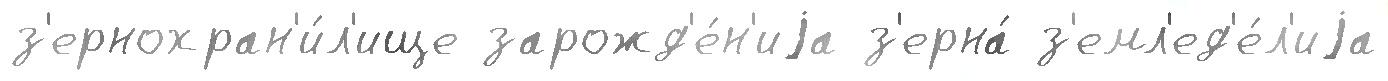
з'ернохран'и́л'ище зарожд'е́н'иjа з'ерна́ з'емл'ед'е́л'иjа